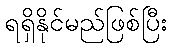
ရရှိနိုင်မည်ဖြစ်ပြီး